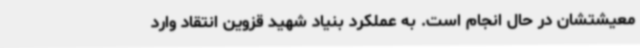
معیشتشان در حال انجام است. به عملکرد بنیاد شهید قزوین انتقاد وارد